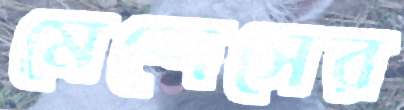
মেন্দেসের